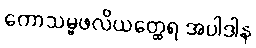
ကောသမ္ဗဖလိယတ္ထေရ အပါဒါန